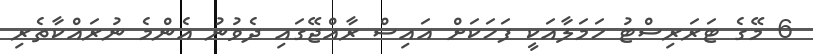
6 މޭގެ ޓަރަރިސްޓު ހަމަލާއަކީ ފަހަކަށް އައިސް ރާއްޖޭގައި ދެވުނު އެންމެ ނުރައްކާތެރި